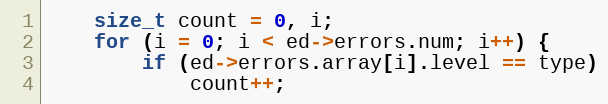
Language: C
	size_t count = 0, i;
	for (i = 0; i < ed->errors.num; i++) {
		if (ed->errors.array[i].level == type)
			count++;